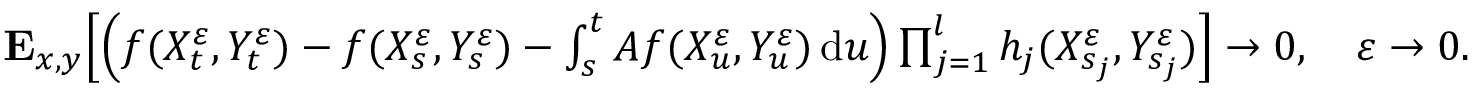
\begin{array} { r } { \mathbf { E } _ { x , y } \Big [ \Big ( f ( X _ { t } ^ { \varepsilon } , Y _ { t } ^ { \varepsilon } ) - f ( X _ { s } ^ { \varepsilon } , Y _ { s } ^ { \varepsilon } ) - \int _ { s } ^ { t } A f ( X _ { u } ^ { \varepsilon } , Y _ { u } ^ { \varepsilon } ) \, \mathrm { d } u \Big ) \prod _ { j = 1 } ^ { l } h _ { j } ( X _ { s _ { j } } ^ { \varepsilon } , Y _ { s _ { j } } ^ { \varepsilon } ) \Big ] \to 0 , \quad \varepsilon \to 0 . } \end{array}